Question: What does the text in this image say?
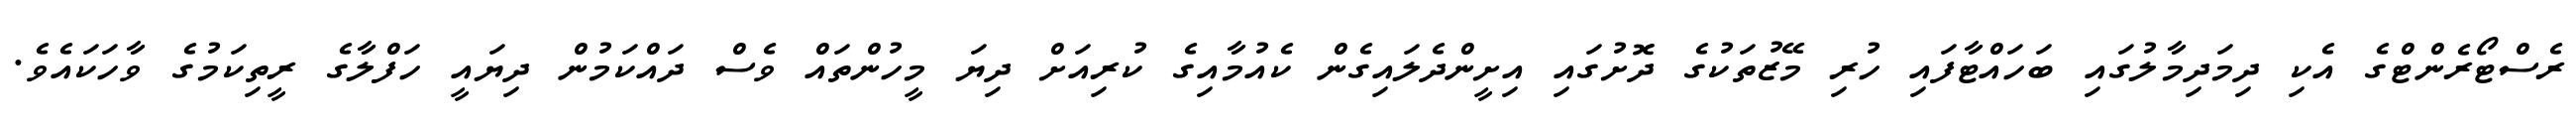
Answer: ރެސްޓޯރެންޓްގެ އެކި ދިމަދިމާލުގައި ބަހައްޓާފައި ހުރި މޭޒުތަކުގެ ދޮށުގައި އިށީންދެލައިގެން ކެއުމާއިގެ ކުރިއަށް ދިޔަ މީހުންތައް ވެސް ދައްކަމުން ދިޔައީ ހަފްލާގެ ރީތިކަމުގެ ވާހަކައެވެ.